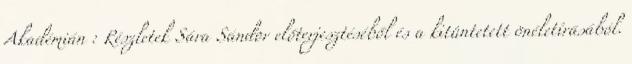
Akadémián : Részletek Sára Sándor előterjesztéséből és a kitüntetett önéletírásából.